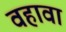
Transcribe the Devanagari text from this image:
वहावा